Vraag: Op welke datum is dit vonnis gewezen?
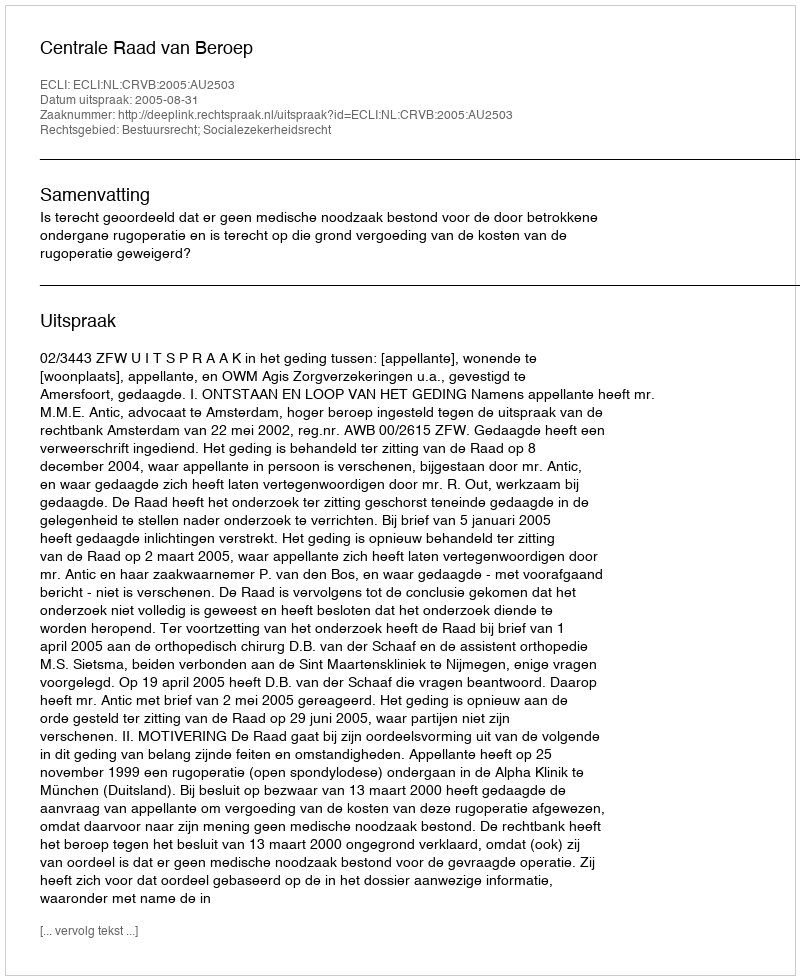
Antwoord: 2005-08-31